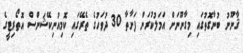
ޤާނޫނު ބުނާގޮތުގައި މިގާނޫނަށް އަމަލުކުރަން ފަށާތާ 30 ދުވަހުގެ ތެރޭގައި ކޮމިއުނިކޭޝަންސް އޮތޯރިޓީގެ